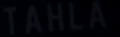
TAHLA